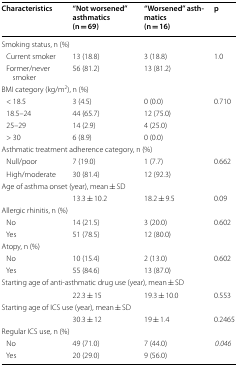
| Characteristics | “Not worsened” asthmatics(n = 69) | “Worsened” asthmatics(n = 16) | p |
 | --- | --- | --- | --- |
 | <COLSPAN=4> Smoking status, n (%) |
 | Current smoker | 13 (18.8) | 3 (18.8) | <ROWSPAN=2> 1.0 |
 | Former/never smoker | 56 (81.2) | 13 (81.2) |
 | <COLSPAN=4> BMI category (kg/m2), n (%) |
 | < 18.5 | 3 (4.5) | 0 (0.0) | <ROWSPAN=4> 0.710 |
 | 18.5–24 | 44 (65.7) | 12 (75.0) |
 | 25–29 | 14 (2.9) | 4 (25.0) |
 | > 30 | 6 (8.9) | 0 (0.0) |
 | <COLSPAN=4> Asthmatic treatment adherence category, n (%) |
 | Null/poor | 7 (19.0) | 1 (7.7) | <ROWSPAN=2> 0.662 |
 | High/moderate | 30 (81.4) | 12 (92.3) |
 | <COLSPAN=4> Age of asthma onset (year), mean ± SD |
 |  | 13.3 ± 10.2 | 18.2 ± 9.5 | 0.09 |
 | <COLSPAN=4> Allergic rhinitis, n (%) |
 | No | 14 (21.5) | 3 (20.0) | <ROWSPAN=2> 0.602 |
 | Yes | 51 (78.5) | 12 (80.0) |
 | <COLSPAN=4> Atopy, n (%) |
 | No | 10 (15.4) | 2 (13.0) | <ROWSPAN=2> 0.602 |
 | Yes | 55 (84.6) | 13 (87.0) |
 | <COLSPAN=4> Starting age of anti-asthmatic drug use (year), mean ± SD |
 |  | 22.3 ± 15 | 19.3 ± 10.0 | 0.553 |
 | <COLSPAN=4> Starting age of ICS use (year), mean ± SD |
 |  | 30.3 ± 12 | 19 ± 1.4 | 0.2465 |
 | <COLSPAN=4> Regular ICS use, n (%) |
 | No | 49 (71.0) | 7 (44.0) | <ROWSPAN=2> 0.046 |
 | Yes | 20 (29.0) | 9 (56.0) |